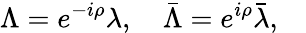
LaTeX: \Lambda=e^{-i\rho}\lambda,\quad\bar{\Lambda}=e^{i\rho}\bar{\lambda},\quad